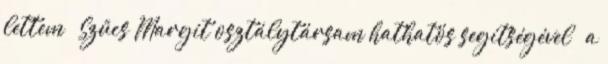
lettem – Szűcs Margit osztálytársam hathatós segítségével – a